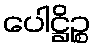
ပေါဋ္ဌိဉ္စ